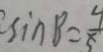
\sin B = \frac { 9 } { 5 }